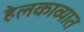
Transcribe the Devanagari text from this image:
हेलकाव्यात